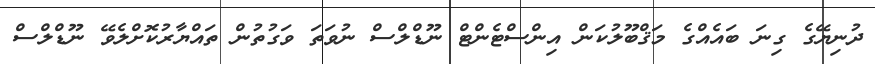
ދުނިޔޭގެ ގިނަ ބައެއްގެ މަޤްބޫލުކަން އިންސްޓެންޓް ނޫޑްލްސް ނުވަތަ ވަގުތުން ތައްޔާރުކޮށްލެވޭ ނޫޑްލްސް